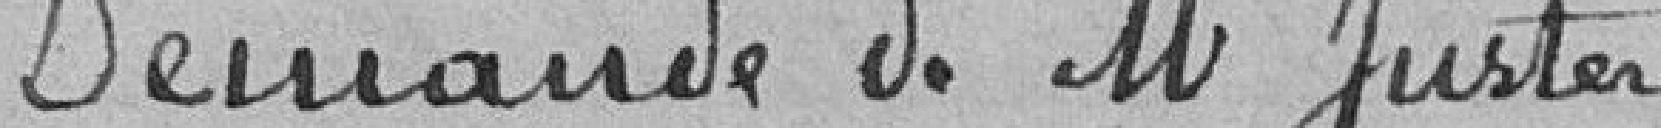
Demande de monsieur Juster